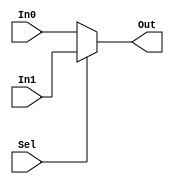
`timescale 1ns / 1ps


// for implementation
(* DONT_TOUCH = "true" *)
module MUX2to1(In0, In1, Sel, Out);
    input In0, In1, Sel;
    output Out;
    
    assign Out=(Sel)?In1:In0;

endmodule